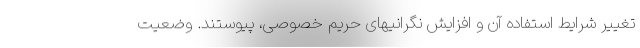
تغییر شرایط استفاده آن و افزایش نگرانیهای حریم خصوصی، پیوستند. وضعیت